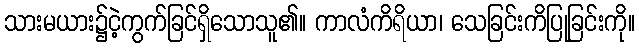
သားမယား၌ငဲ့ကွက်ခြင်ရှိသောသူ၏။ ကာလံကိရိယာ၊ သေခြင်းကိပြုခြင်းကို။